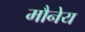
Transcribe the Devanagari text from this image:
मौनेय